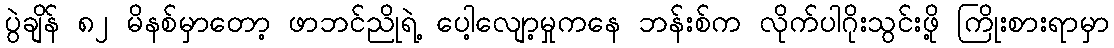
ပွဲချိန် ၈၂ မိနစ်မှာတော့ ဖာဘင်ညိုရဲ့ ပေါ့လျော့မှုကနေ ဘန်းစ်က လိုက်ပါဂိုးသွင်းဖို့ ကြိုးစားရာမှာ